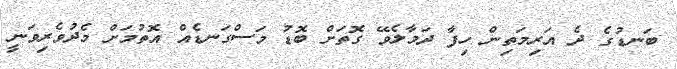
ބަނޑުގެ ދެ އަރިމަތިން ހިފާ ދަމާލެވޭ ގޮތަށް ބޮޑު މަސްގަނޑެއް އޮތުމަށް މެދުވެރިވަނީ